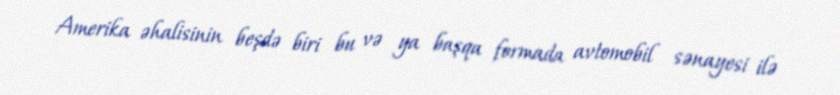
Amerika əhalisinin beşdə biri bu və ya başqa formada avtomobil sənayesi ilə